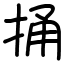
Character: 捅